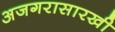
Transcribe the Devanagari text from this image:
अजगरासारखी